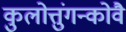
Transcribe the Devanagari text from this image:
कुलोत्तुंगन्कोवै